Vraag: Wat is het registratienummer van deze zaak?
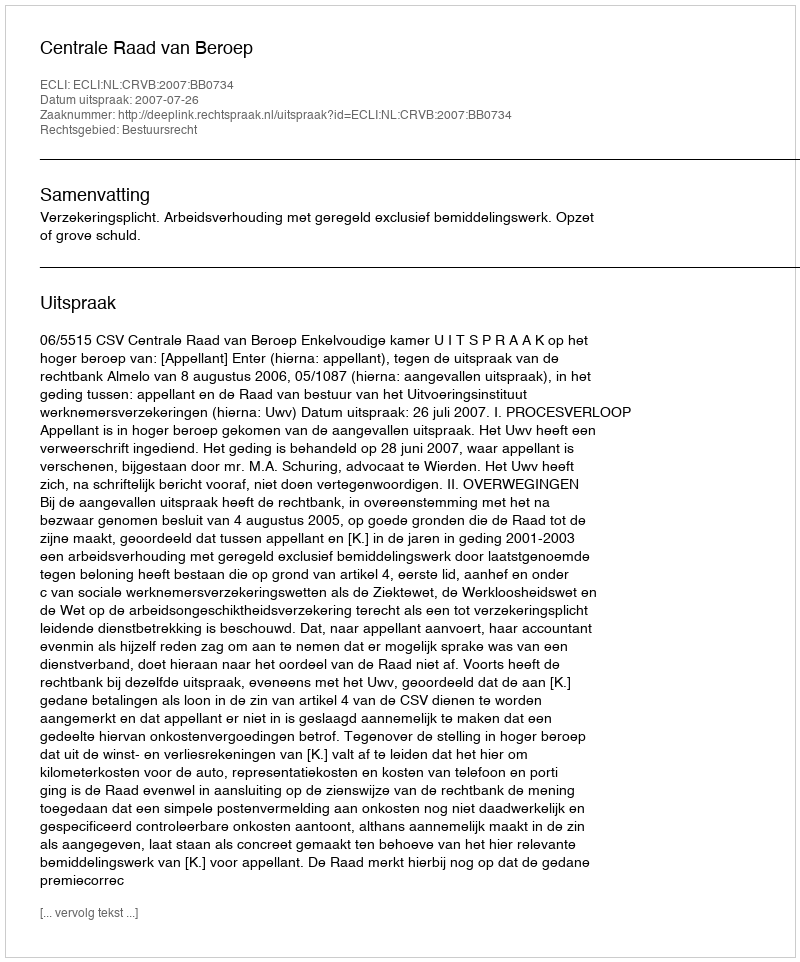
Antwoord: http://deeplink.rechtspraak.nl/uitspraak?id=ECLI:NL:CRVB:2007:BB0734